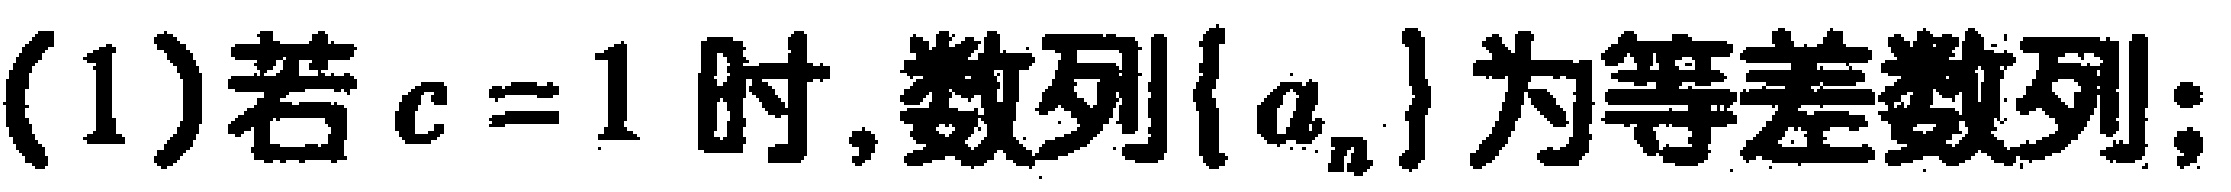
(1)若\(c = 1\)时,数列\(\{ a_{n}\}\)为等差数列;